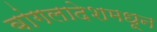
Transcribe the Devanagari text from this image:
बांगलादेशमधून